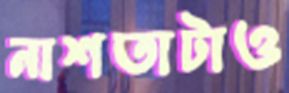
নাশতাটাও